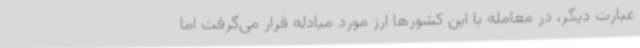
عبارت دیگر، در معامله با این کشورها ارز مورد مبادله قرار می‌گرفت اما